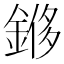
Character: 𫒬